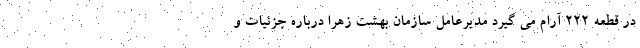
در قطعه 222 آرام می گیرد مدیرعامل سازمان بهشت زهرا درباره جزئیات و